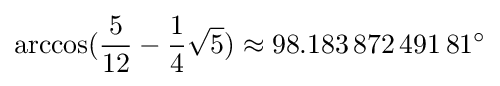
\arccos({\frac {5}{12}}-{\frac {1}{4}}{\sqrt {5}})\approx 98.183\,872\,491\,81^{\circ }